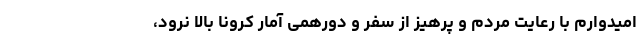
امیدوارم با رعایت مردم و پرهیز از سفر و دورهمی آمار کرونا بالا نرود،